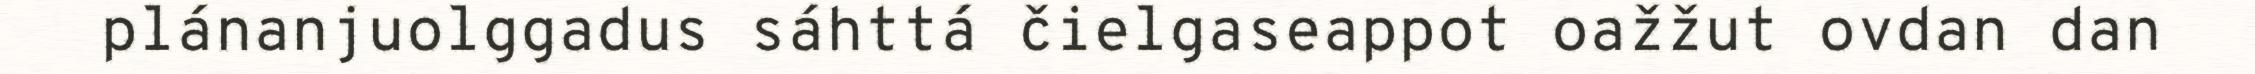
plánanjuolggadus sáhttá čielgaseappot oažžut ovdan dan